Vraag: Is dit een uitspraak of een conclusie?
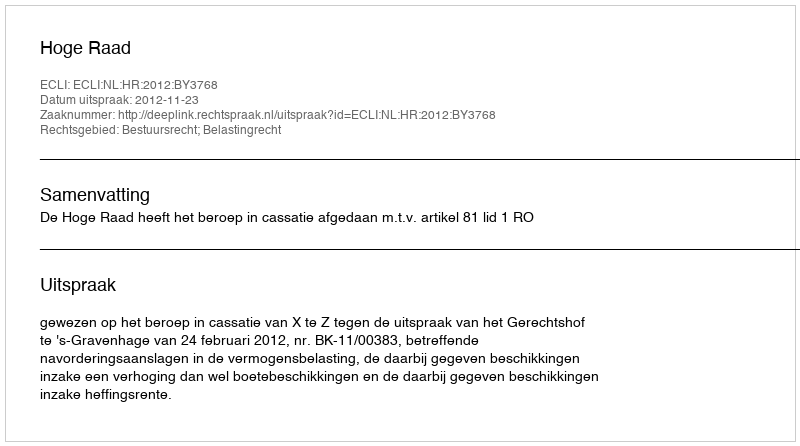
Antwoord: Uitspraak